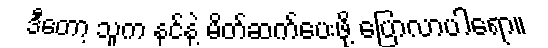
ဒီတော့ သူက နင်နဲ့ မိတ်ဆက်ပေးဖို့ ပြောလာပါရော။